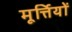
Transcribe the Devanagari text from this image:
मूर्त्तियों